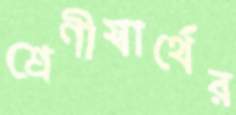
শ্রেণীস্বার্থের